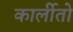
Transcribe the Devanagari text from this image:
कार्लीतो